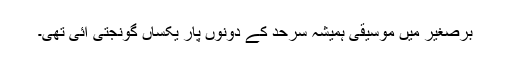
برصغیر میں موسیقی ہمیشہ سرحد کے دونوں پار یکساں گونجتی آئی تھی۔